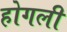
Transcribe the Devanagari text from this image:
होगली